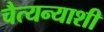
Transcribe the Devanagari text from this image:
चैत्यन्याशी